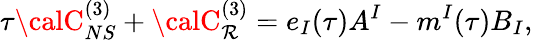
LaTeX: \tau{\calC}_{NS}^{(3)}+{\calC}_{\mathcal{R}}^{(3)}=e_{I}(\tau)A^{I}-m^{I}(\tau)B_{I},